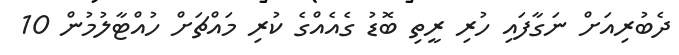
ދެބުރިއަށް ނަގާފައި ހުރި ރީތި ބޮޑު ގެއެއްގެ ކުރި މައްޗަށް ހުއްޓާލުމުން 10